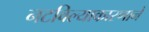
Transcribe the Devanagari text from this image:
नटविल्याकारणाने